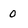
Character: 0